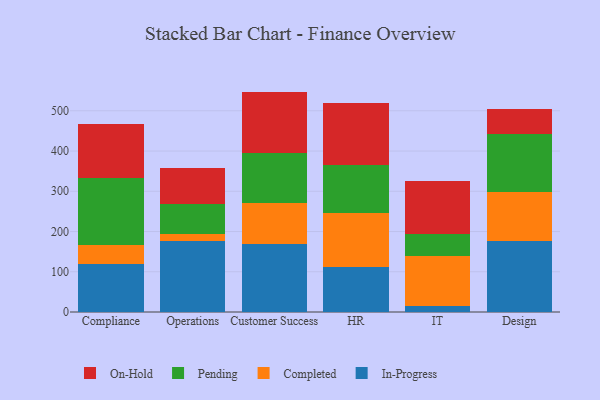
{"axis": {"x": "Department", "y": "Latency (ms)"}, "legend": ["Completed", "In-Progress", "On-Hold", "Pending"], "data": [{"x": "Compliance", "y": 120.3, "type": "In-Progress"}, {"x": "Compliance", "y": 47.0, "type": "Completed"}, {"x": "Compliance", "y": 164.9, "type": "Pending"}, {"x": "Compliance", "y": 134.0, "type": "On-Hold"}, {"x": "Operations", "y": 175.5, "type": "In-Progress"}, {"x": "Operations", "y": 17.7, "type": "Completed"}, {"x": "Operations", "y": 75.7, "type": "Pending"}, {"x": "Operations", "y": 88.6, "type": "On-Hold"}, {"x": "Customer Success", "y": 169.8, "type": "In-Progress"}, {"x": "Customer Success", "y": 101.7, "type": "Completed"}, {"x": "Customer Success", "y": 123.4, "type": "Pending"}, {"x": "Customer Success", "y": 152.8, "type": "On-Hold"}, {"x": "HR", "y": 111.9, "type": "In-Progress"}, {"x": "HR", "y": 135.1, "type": "Completed"}, {"x": "HR", "y": 118.3, "type": "Pending"}, {"x": "HR", "y": 153.1, "type": "On-Hold"}, {"x": "IT", "y": 14.4, "type": "In-Progress"}, {"x": "IT", "y": 124.0, "type": "Completed"}, {"x": "IT", "y": 54.5, "type": "Pending"}, {"x": "IT", "y": 133.3, "type": "On-Hold"}, {"x": "Design", "y": 176.1, "type": "In-Progress"}, {"x": "Design", "y": 122.0, "type": "Completed"}, {"x": "Design", "y": 143.2, "type": "Pending"}, {"x": "Design", "y": 63.0, "type": "On-Hold"}]}